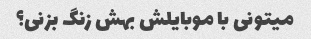
میتونی با موبایلش بهش زنگ بزنی؟